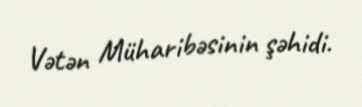
Vətən Müharibəsinin şəhidi.